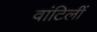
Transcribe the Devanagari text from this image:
वांटिलीं